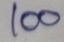
100